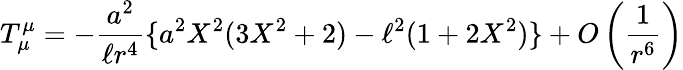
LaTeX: T_{\mu}^{\mu}=-\frac{a^{2}}{\ell r^{4}}\{ a^{2}X^{2}(3X^{2}+2)-\ell^{2}(1+2X^{2})\} +O\left(\frac{1}{r^{6}}\right)